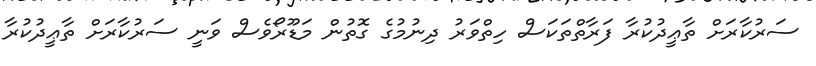
ސަރުކާރަށް ތާޢީދުކުރާ ފަރާތްތަކަސް ހިތްވަރު ދިނުމުގެ ގޮތުން މަޑޫރޯވެސް ވަނީ ސަރުކާރަށް ތާޢީދުކުރާ